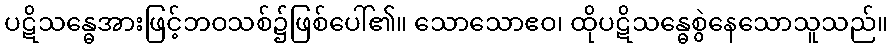
ပဋိသန္ဓေအားဖြင့်ဘဝသစ်၌ဖြစ်ပေါ်၏။ သောသောဧဝ၊ ထိုပဋိသန္ဓေစွဲနေသောသူသည်။